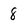
Character: 8